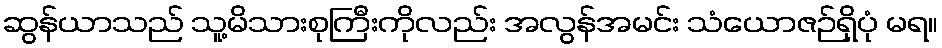
ဆွန်ယာသည် သူ့မိသားစုကြီးကိုလည်း အလွန်အမင်း သံယောဇဉ်ရှိပုံ မရ။